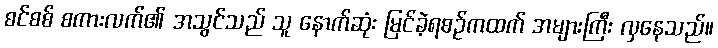
စင်စစ် စကားလက်၏ အသွင်သည် သူ နောက်ဆုံး မြင်ခဲ့ရစဉ်ကထက် အများကြီး လှနေသည်။